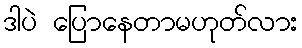
ဒါပဲ ပြောနေတာမဟုတ်လား